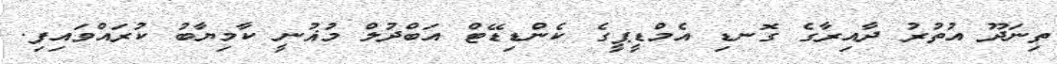
ތިނަދޫ އުތުރު ދާއިރާގެ ގޮނޑި އެމްޑީޕީގެ ކެންޑިޑޭޓް އަބްދުލް މުޣުނީ ކާމިޔާބު ކުރައްވައިފި.